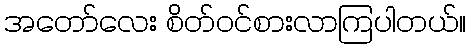
အတော်လေး စိတ်ဝင်စားလာကြပါတယ်။